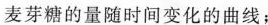
麦芽糖的量随时间变化的曲线；